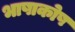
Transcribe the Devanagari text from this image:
भाषाकोष